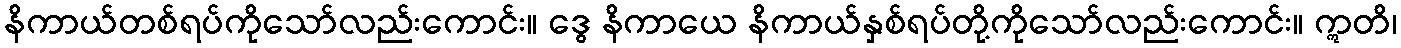
နိကာယ်တစ်ရပ်ကိုသော်လည်းကောင်း။ ဒွေ နိကာယေ နိကာယ်နှစ်ရပ်တို့ကိုသော်လည်းကောင်း။ ဣတိ၊